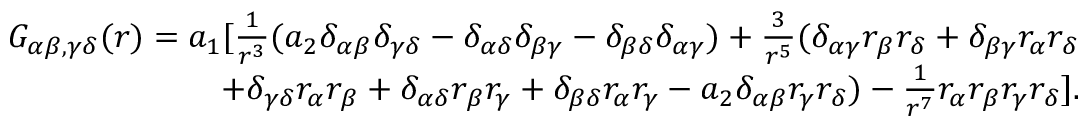
\begin{array} { r } { G _ { \alpha \beta , \gamma \delta } ( r ) = a _ { 1 } [ \frac { 1 } { r ^ { 3 } } ( a _ { 2 } \delta _ { \alpha \beta } \delta _ { \gamma \delta } - \delta _ { \alpha \delta } \delta _ { \beta \gamma } - \delta _ { \beta \delta } \delta _ { \alpha \gamma } ) + \frac { 3 } { r ^ { 5 } } ( \delta _ { \alpha \gamma } r _ { \beta } r _ { \delta } + \delta _ { \beta \gamma } r _ { \alpha } r _ { \delta } } \\ { + \delta _ { \gamma \delta } r _ { \alpha } r _ { \beta } + \delta _ { \alpha \delta } r _ { \beta } r _ { \gamma } + \delta _ { \beta \delta } r _ { \alpha } r _ { \gamma } - a _ { 2 } \delta _ { \alpha \beta } r _ { \gamma } r _ { \delta } ) - \frac { 1 } { r ^ { 7 } } r _ { \alpha } r _ { \beta } r _ { \gamma } r _ { \delta } ] . } \end{array}